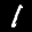
Label: 1